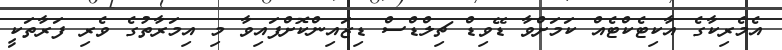
އެމެރިކާގެ އާކިޓެކްޓެއް ކަމަށްވާ ޑޭވިޑް ޗިލްޑްސް ޑިޒައިންކޮށްފައިވާ މި އިމަރާތުގެ ވެރި ފަރާތަކީ